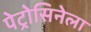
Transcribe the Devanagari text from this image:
पेट्रोसिनेला